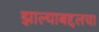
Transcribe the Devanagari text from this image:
झाल्याबद्दलचा